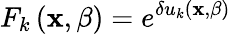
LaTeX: F_{k}\left(\mathbf{x},\beta\right)=e^{\delta u_{k}\left(\mathbf{x},\beta\right)}